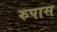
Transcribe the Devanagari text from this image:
रुपास